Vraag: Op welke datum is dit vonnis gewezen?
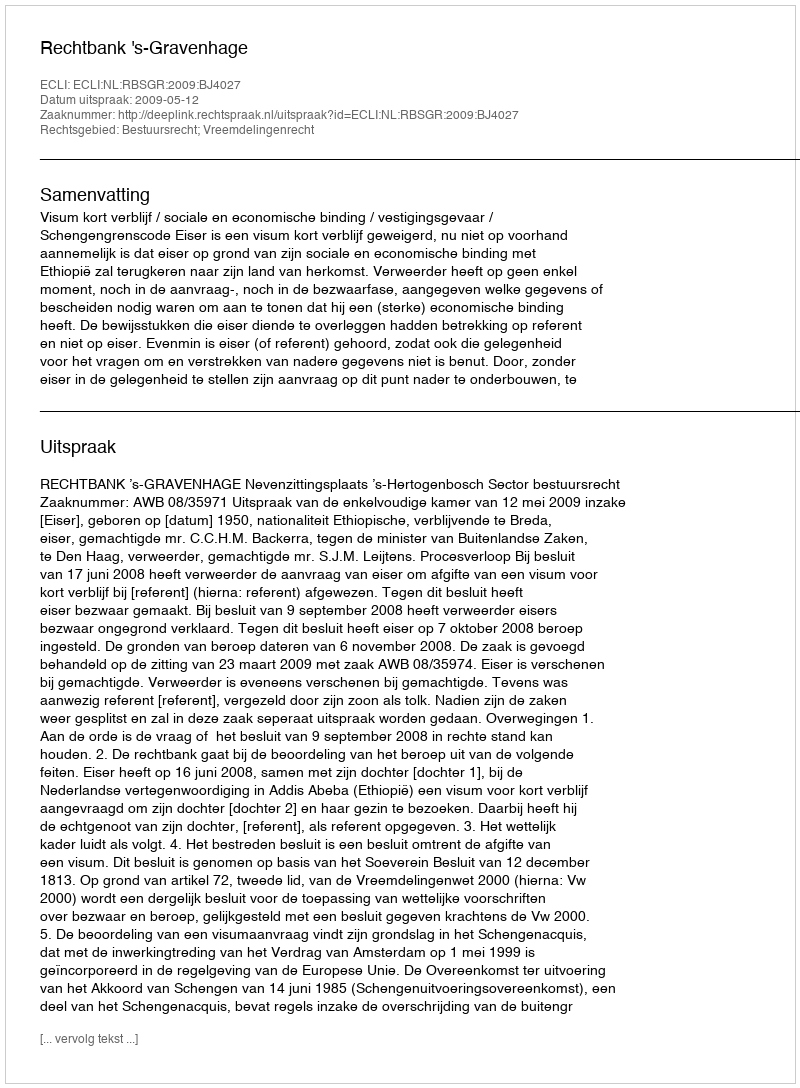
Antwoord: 2009-05-12